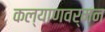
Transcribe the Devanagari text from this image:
कल्याणवर्मन